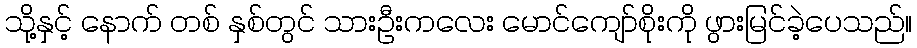
သို့နှင့် နောက် တစ် နှစ်တွင် သားဦးကလေး မောင်ကျော်စိုးကို ဖွားမြင်ခဲ့ပေသည်။